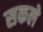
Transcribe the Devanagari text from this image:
सकले